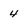
Character: 4